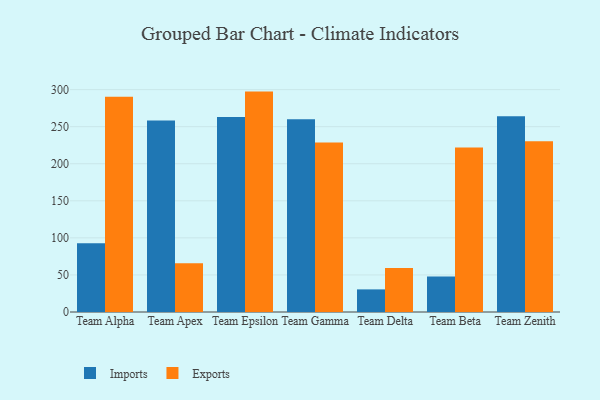
{"axis": {"x": "Team", "y": "Backlog"}, "legend": ["Exports", "Imports"], "data": [{"x": "Team Alpha", "y": 92.6, "type": "Imports"}, {"x": "Team Alpha", "y": 290.3, "type": "Exports"}, {"x": "Team Apex", "y": 258.2, "type": "Imports"}, {"x": "Team Apex", "y": 65.7, "type": "Exports"}, {"x": "Team Epsilon", "y": 263.2, "type": "Imports"}, {"x": "Team Epsilon", "y": 297.3, "type": "Exports"}, {"x": "Team Gamma", "y": 260.1, "type": "Imports"}, {"x": "Team Gamma", "y": 228.5, "type": "Exports"}, {"x": "Team Delta", "y": 30.5, "type": "Imports"}, {"x": "Team Delta", "y": 59.2, "type": "Exports"}, {"x": "Team Beta", "y": 47.9, "type": "Imports"}, {"x": "Team Beta", "y": 221.9, "type": "Exports"}, {"x": "Team Zenith", "y": 264.2, "type": "Imports"}, {"x": "Team Zenith", "y": 230.3, "type": "Exports"}]}